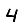
Digit: 4